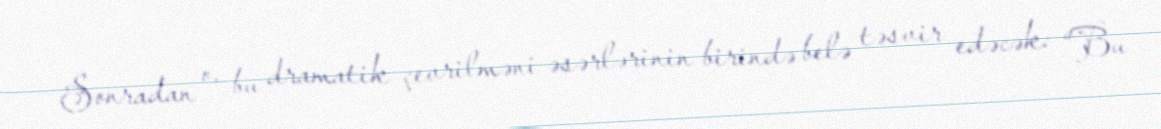
Sonradan o, bu dramatik çevrilməni əsərlərinin birində belə təsvir edəcək: “Bu